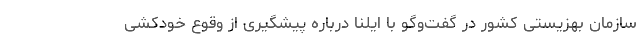
سازمان بهزیستی کشور در گفت‌وگو با ایلنا درباره پیشگیری از وقوع خودکشی